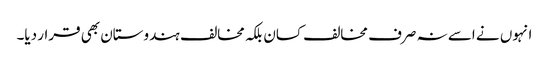
انہوں نے اسے نہ صرف مخالف کسان بلکہ مخالف ہندوستان بھی قرار دیا۔